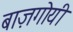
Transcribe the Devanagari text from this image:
बाज़गोयी